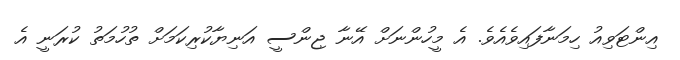
އިންޓަވިއު ހިމަނާފައިވެއެވެ. އެ މީހުންނަށް އޭނާ ޖިންސީ އަނިޔާކުރިކަމަށް ތުހުމަތު ކުރަނީ އެ